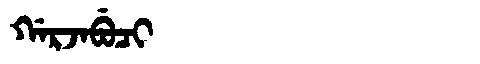
Manchu: ᡤᠠᡵᠵᠠᠪᡠᠴᡳ
Romanization: GARJABUCI